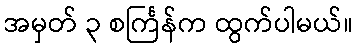
အမှတ် ၃ စင်္ကြန်က ထွက်ပါမယ်။